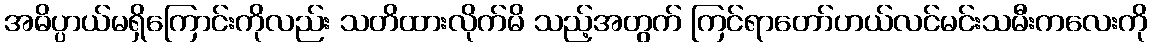
အဓိပ္ပာယ်မရှိကြောင်းကိုလည်း သတိထားလိုက်မိ သည့်အတွက် ကြင်ရာတော်ဟယ်လင်မင်းသမီးကလေးကို